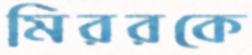
মিররকে